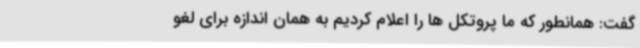
گفت: همانطور که ما پروتکل ها را اعلام کردیم به همان اندازه برای لغو